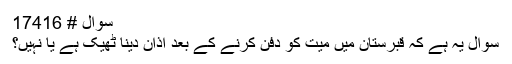
سوال # 17416
سوال یہ ہے کہ قبرستان میں میت کو دفن کرنے کے بعد اذان دینا ٹھیک ہے یا نہیں؟